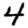
Digit: 4